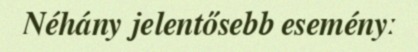
Néhány jelentősebb eseményː